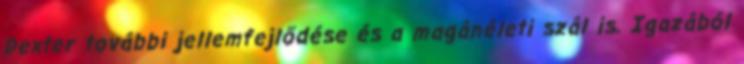
Dexter további jellemfejlődése és a magánéleti szál is. Igazából